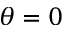
\theta = 0